Jarvakandi_vallavalitsus, lk 51
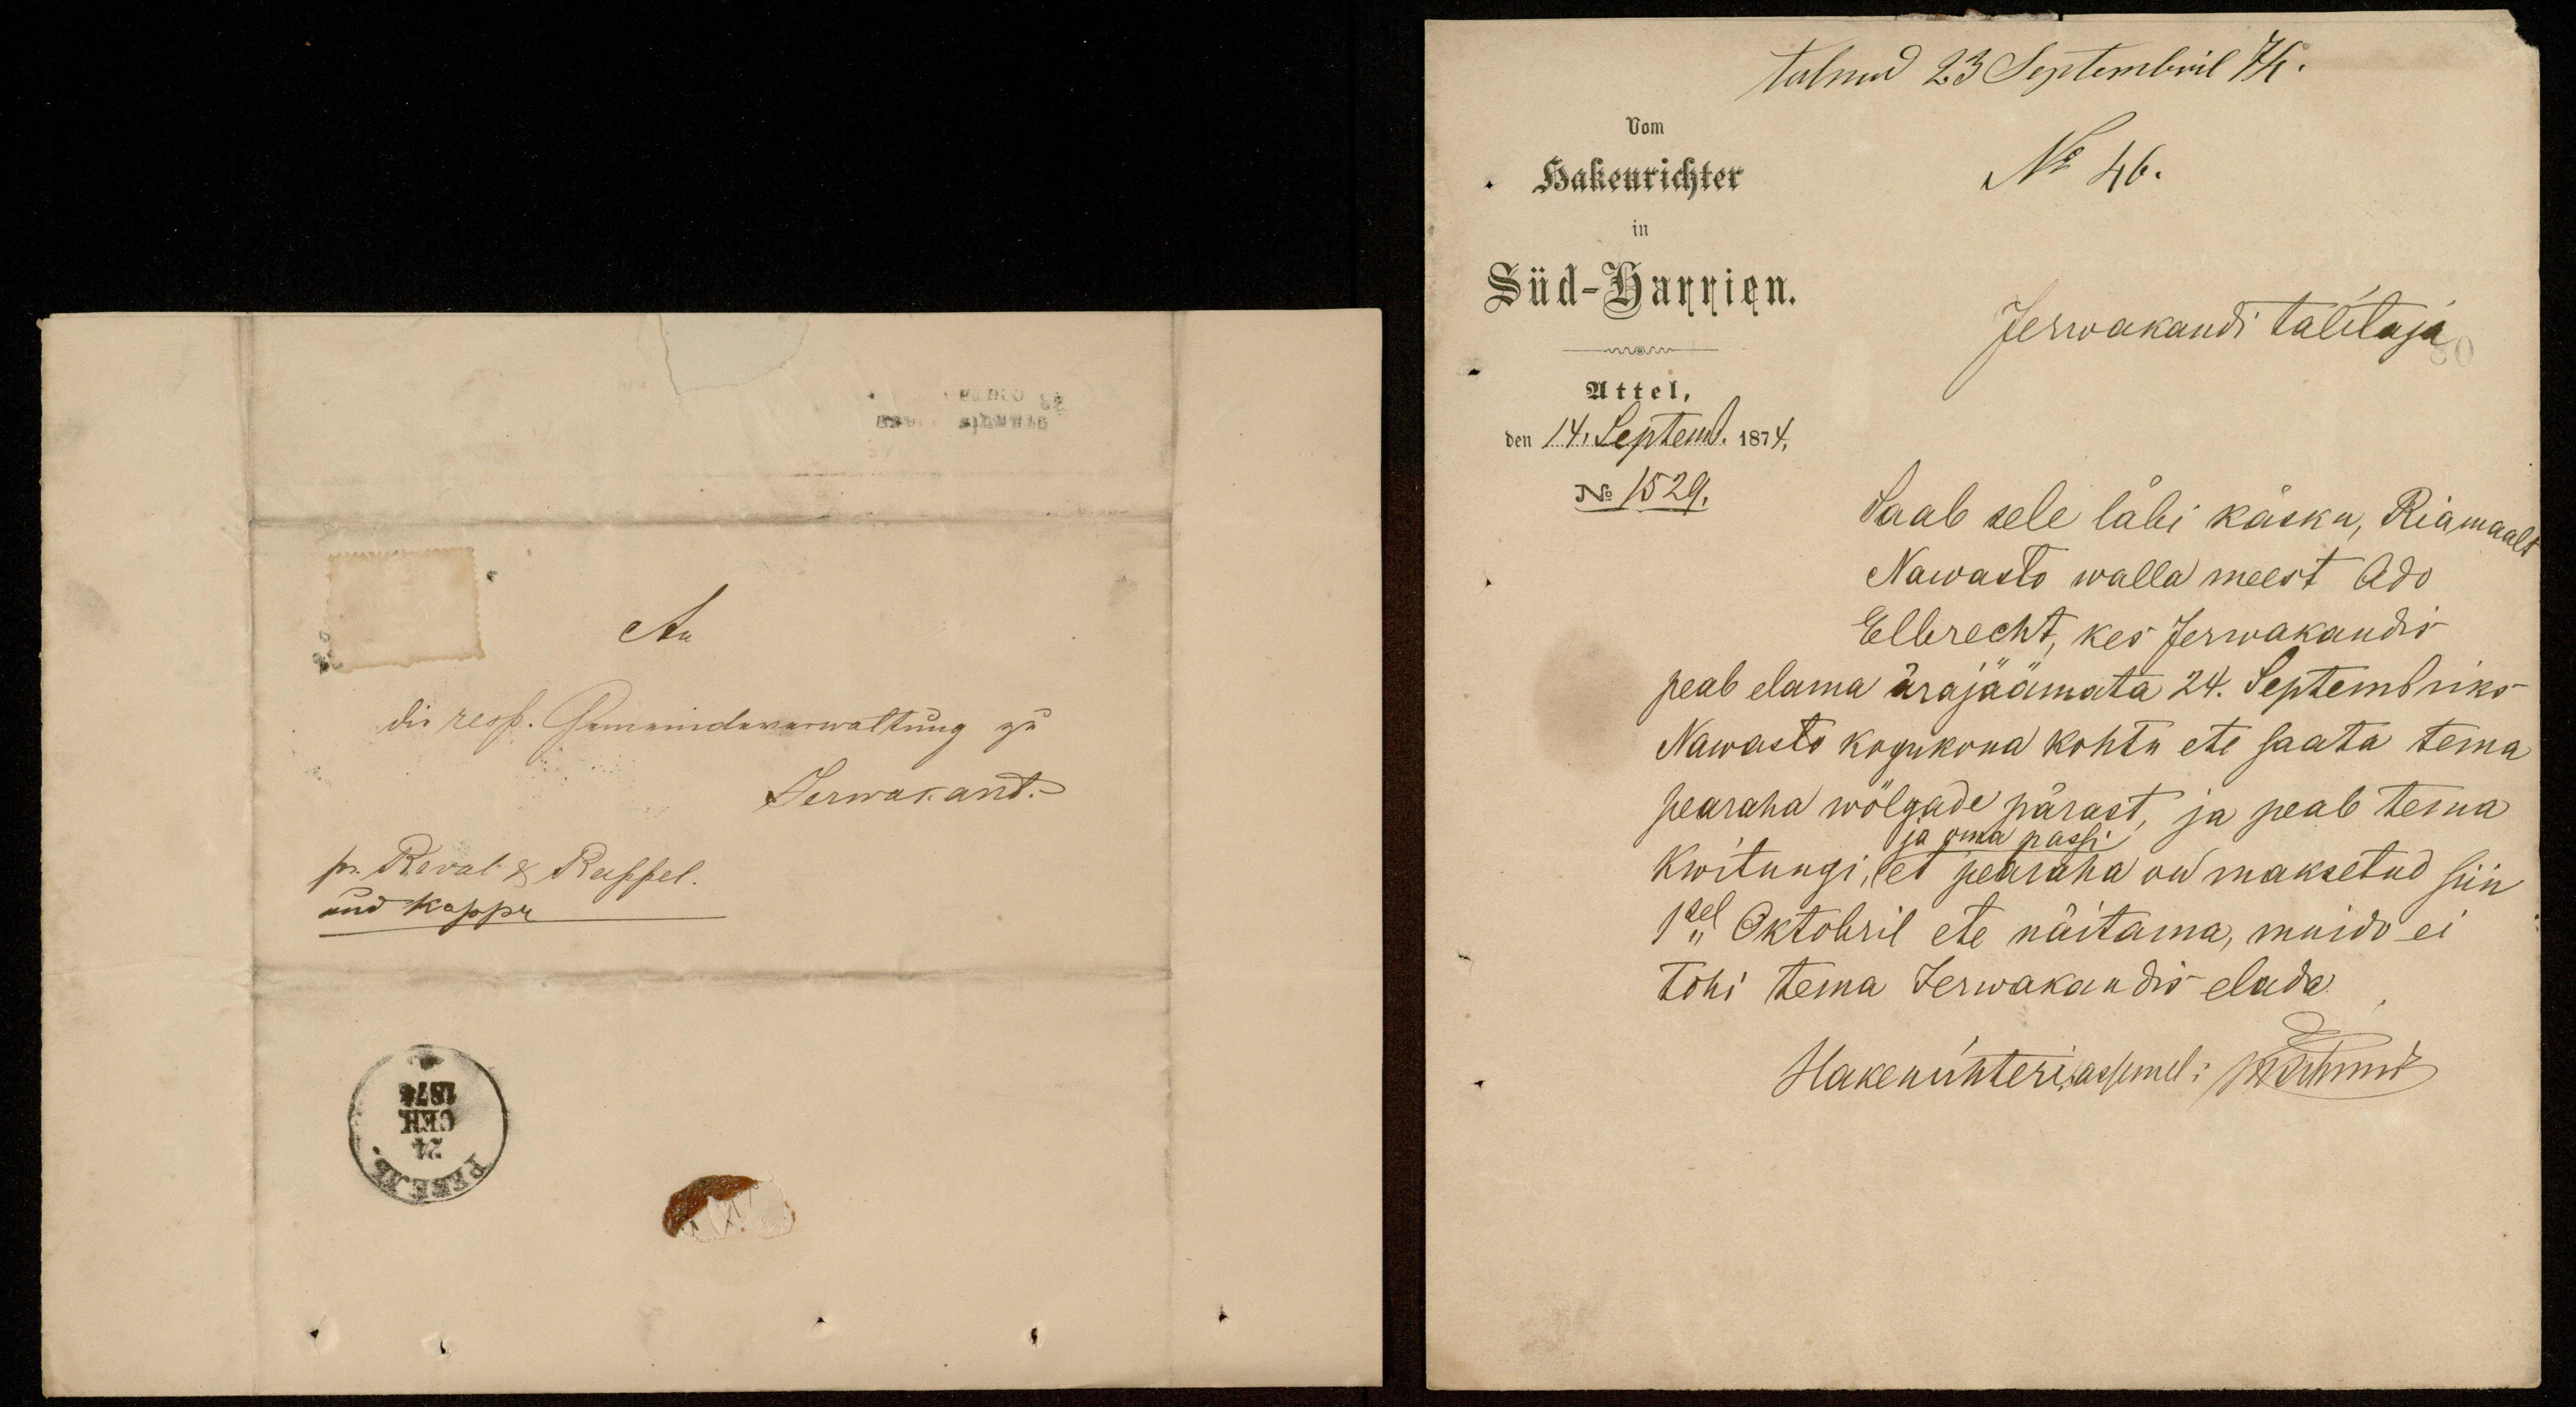
tulnud 23 Septembril 74.
Vom
Hakennrichter
No 46.
Süd-Harrien.
Jerwakandi talitaja
Attel,
den 14. Septemb. 1874.
No 1529.
Saab sele läbi käsku, Riamaalt
Nawasto walla meest Ado
Elbrecht, kes Jerwakandi
peab elama ärajäämata 24. Septembriks
Nawasto kogukona kohtu ete saata tema
pearaha wõlgade pärast, ja peab tema
ja oma passi
kwitungi, et pearaha on maksetud siin
1sel Oktobril ete näitama, muido ei
tohi tema Jerwakandis elada
Hakenrihteri assemel: N. Annud